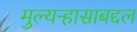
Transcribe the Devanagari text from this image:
मुल्यऱ्हासाबद्दल